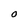
Character: O